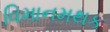
વિમાનમથક